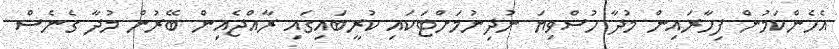
އެހެންކަމުން ފިހާރައިން މުދާ ހުސްވިޔަ ނުދިނުމަށްޓަކައި ކުރީބައިގައި ރާއްޖެއިން ބޭރުން މުދާ ގެނެސް